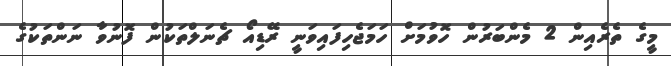
މީގެ ތެރެއިން 2 މެންބަރުން ހޮވުމަށް ހަމަޖެހިފައިވަނީ ރޭޑިއޯ ޗެނަލްތަކުން ފޮނުވާ ނަންތަކުގެ